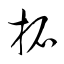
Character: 拓